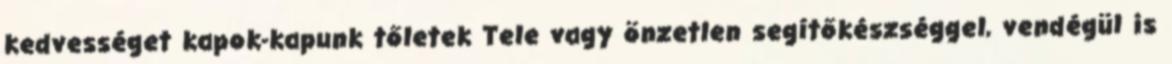
kedvességet kapok-kapunk tőletek Tele vagy önzetlen segítőkészséggel, vendégül is